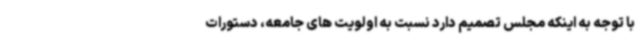
با توجه به اینکه مجلس تصمیم دارد نسبت به اولویت های جامعه، دستورات